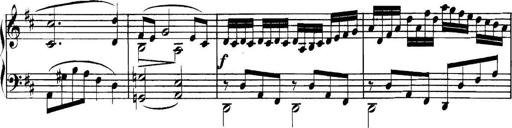
Title: Collected Piano Sonatas
Composer: Muzio Clementi